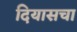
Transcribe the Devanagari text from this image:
दियासचा